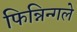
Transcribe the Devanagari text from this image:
फिन्निन्गले